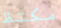
مكتظ